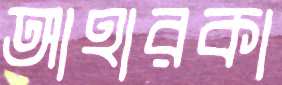
আহারকা